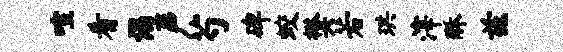
喧看谒声芍碑蛟樊若珙滓酥兹